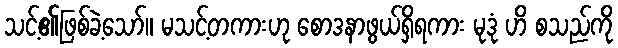
သင့်၏ဖြစ်ခဲ့သော်။ မသင့်တကားဟု စောဒနာဖွယ်ရှိရကား မုဒုံ ဟိ စသည်ကို